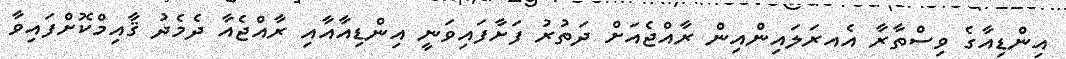
އިންޑިއާގެ ވިސްތާރާ އެއރަލައިންއިން ރާއްޖެއަށް ދަތުރު ފަށާފައިވަނީ އިންޑިއާއާއި ރާއްޖެއާ ދެމެދު ޤާއިމްކޮށްފައިވާ